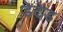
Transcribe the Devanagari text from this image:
डेटेड